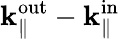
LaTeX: {\mathbf k}_{\parallel}^{\mathrm{out}}-{\mathbf k}_{\parallel}^{\mathrm{in}}